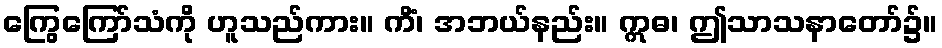
ကြွေကြော်သံကို ဟူသည်ကား။ ကိံ၊ အဘယ်နည်း။ ဣဓ၊ ဤသာသနာတော်၌။